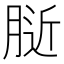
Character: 𰮰